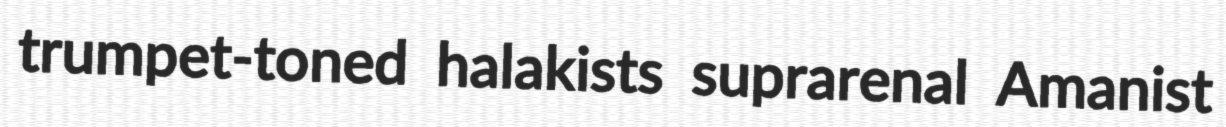
trumpet-toned halakists suprarenal Amanist